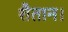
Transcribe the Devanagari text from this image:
शैतान।